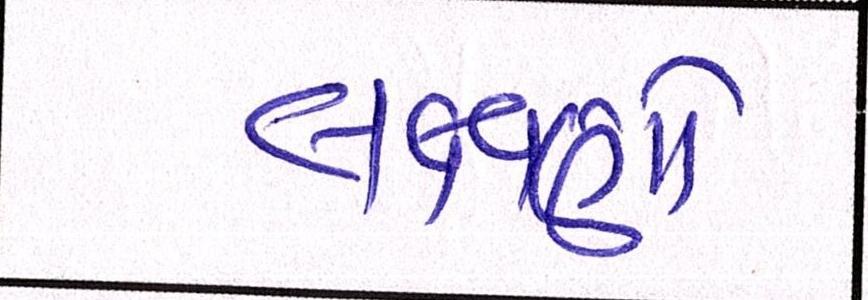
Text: લક્ષણો